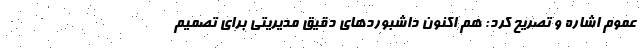
عموم اشاره و تصریح کرد: هم اکنون داشبوردهای دقیق مدیریتی برای تصمیم